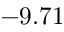
- 9 . 7 1